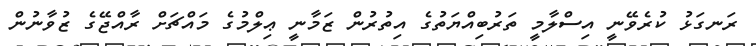
ރަނގަޅު ކުރެވޭނީ އިސްލާމީ ތަރުބިއްޔަތުގެ އިތުރުން ޒަމާނީ ޢިލްމުގެ މައްޗަށް ރާއްޖޭގެ ޒުވާނުން